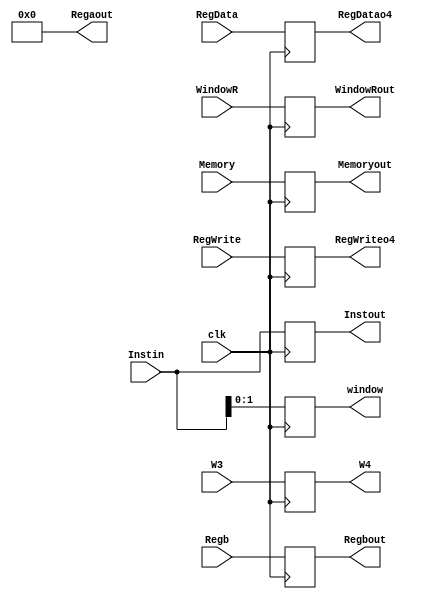
module Register4(Instin,
                 clk,
                 Regb,
                 Memory,
                 window,
                 Regbout,
                 Regaout,
                 Instout,
                 Memoryout,
                 W3,
                 W4,
                 RegWrite,
                 RegWriteo4,
                 RegData,
                 RegDatao4,
                 WindowR,
                 WindowRout);
    
    input [15:0] Instin;
    input clk;
    input [15:0] Regb;
    input [15:0] Memory;
    input[15:0] W3;
    input[1:0] WindowR;
    
    
    output reg[15:0] Regaout   = 0;
    output reg[15:0] Memoryout = 0;
    output reg[15:0] Regbout   = 0;
    output reg [15:0] Instout  = 16'h8040;
    output reg [1:0] window    = 0;
    output reg [15:0] W4       = 0;
    output reg[1:0] WindowRout = 0;
    
    //Control
    input [1:0] RegData;
    input RegWrite;
    output reg [1:0] RegDatao4 = 0;
    output reg RegWriteo4      = 0;
    
    always@(posedge clk)
    begin
        Instout    = Instin;
        Regbout    = Regb;
        window     = Instin[1:0];
        Memoryout  = Memory;
        W4         = W3;
        WindowRout = WindowR;
        //Control
        RegWriteo4 = RegWrite;
        RegDatao4  = RegData;
    end
    
endmodule